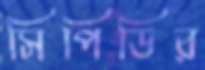
সিপিডির